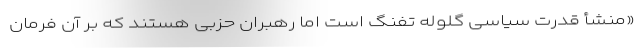
«منشأ قدرت سیاسی گلوله تفنگ است اما رهبران حزبی هستند که بر آن فرمان